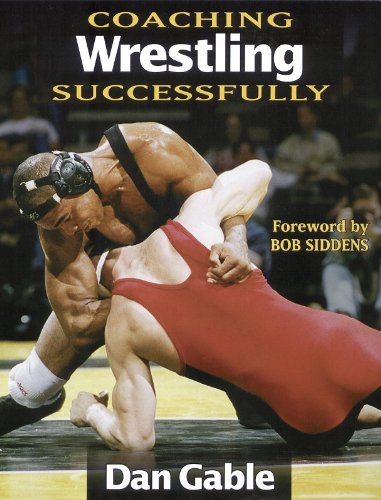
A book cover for Coaching Wrestling Successfully (Coaching Successfully Series); Dan Gable; Sports & Outdoors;